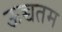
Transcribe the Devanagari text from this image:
ऊच्चतम